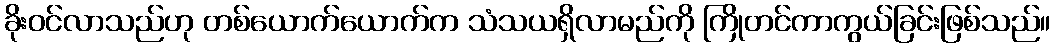
ခိုးဝင်လာသည်ဟု တစ်ယောက်ယောက်က သံသယရှိလာမည်ကို ကြိုတင်ကာကွယ်ခြင်းဖြစ်သည်။